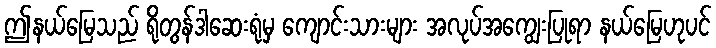
ဤနယ်မြေသည် ရိုတွန်ဒါဆေးရုံမှ ကျောင်းသားများ အလုပ်အကျွေးပြုရာ နယ်မြေဟုပင်